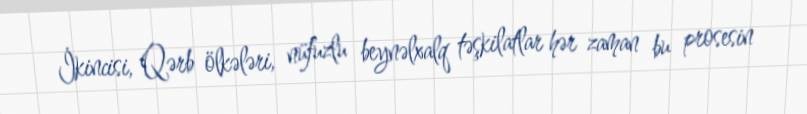
İkincisi, Qərb ölkələri, nüfuzlu beynəlxalq təşkilatlar hər zaman bu prosesin